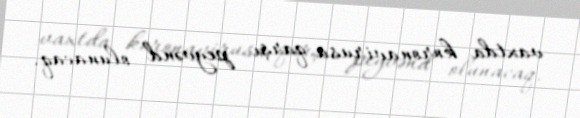
vaxtda koronavirusa qarşı peyvənd olunacaq.